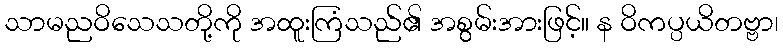
သာမညဝိသေသတို့ကို အထူးကြံသည်၏ အစွမ်းအားဖြင့်။ န ဝိကပ္ပယိတဗ္ဗာ၊